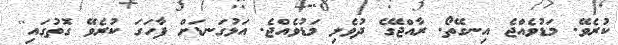
ކުރެވޭ. މަޑުވެއްޖެ އިނގޭތޯ. ރާއްޖޭގެ ދުވެލި މަޑުވެއްޖެ. އަޅުގަނޑަށް ފާހަގަ ކުރެވޭ ގޮތުގައި''